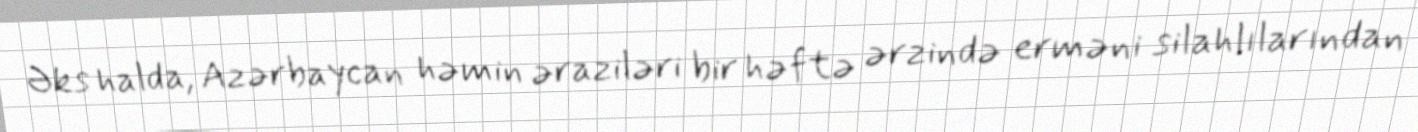
Əks halda, Azərbaycan həmin əraziləri bir həftə ərzində erməni silahlılarından